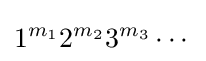
1^{m_{1}}2^{m_{2}}3^{m_{3}}\cdots